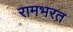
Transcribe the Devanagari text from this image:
रामभरत